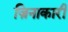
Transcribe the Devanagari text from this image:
ज़िनाकारी